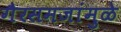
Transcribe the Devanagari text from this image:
गैरसमजांमुळे